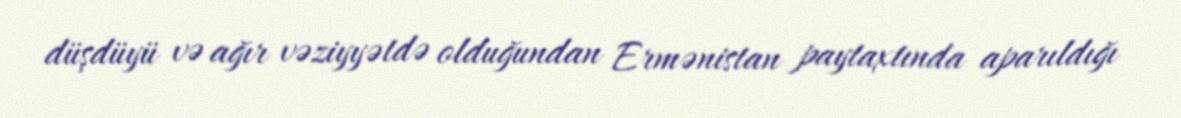
düşdüyü və ağır vəziyyətdə olduğundan Ermənistan paytaxtında aparıldığı